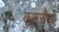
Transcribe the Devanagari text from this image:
कुकरौन्धा